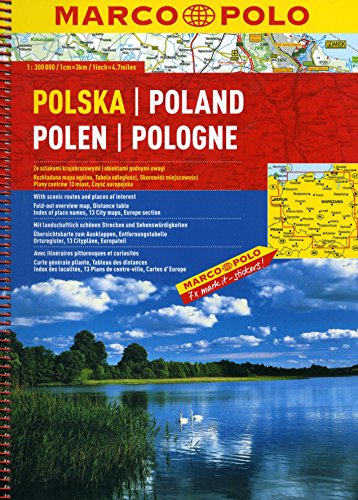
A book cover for Poland Marco Polo Road Atlas; Marco Polo Travel; Travel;